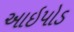
આઇપોડ